Report on vaccination in Madras 1904-1921 - 1904-1921
Year: 1904
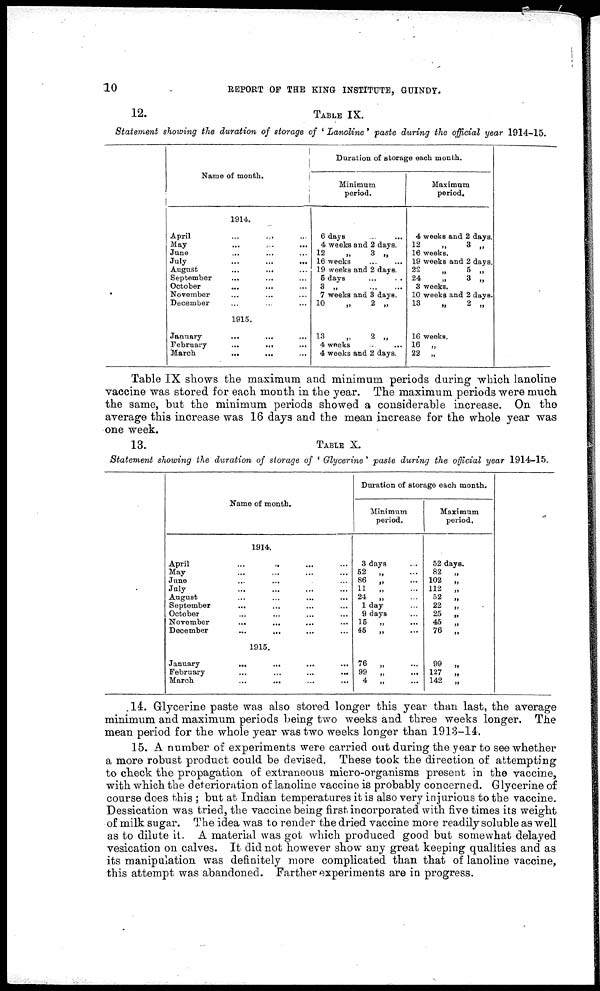
10
REPORT OF THE KING INSTITUTE, GUINDY.
12.
TABLE IX.
Statement showing the duration of storage of ' Lanoline ' paste during the official year 1914-15.
Name of month.
1914.
April ... ... ...
May
...
...
...
June ... ... ...
July ... ... ...
August
...
...
...
September ... ... ...
October ... ... ...
November ... ... ...
December ... ... ...
1915.
January
...
...
...
February
...
...
...
March
...
...
...
Duration of storage each month.
Minimum
period.
6 days
...
...
4 weeks and 2 days.
12
„
3 „
16 weeks
...
...
19 weeks and 2 days.
5 days ... ...
3 „
...
...
7 weeks and 8 days.
10
„
2 „
13
„
2 „
4 weeks
...
...
4 weeks and 2 days.
Maximum
period.
4 weeks and 2 days.
12
„
3 „
16 weeks.
19 weeks and 2 days.
22
„
5 „
24
„
3 „
3 weeks.
10 weeks and 2 days.
13
„
2 „
16 weeks.
16 „
22 „
Table IX shows the maximum and minimum periods during which lanoline
vaccine was stored for each month in the year. The maximum periods were much
the same, but the minimum periods showed a considerable increase. On the
average this increase was 16 days and the mean increase for the whole year was
one week.
13.
TABLE X.
Statement showing the duration of storage of ' Glycerine' paste during the official year 1914-15.
Name of month.
1914.
April
...
...
...
...
May ... ... ... ...
June ... ... ... ...
July ... ... ... ...
August ... ... ... ...
September ... ... ... ...
October ... ... ... ...
November ... ... ... ...
December ... ... ... ...
1915.
January
...
...
...
...
February
...
...
...
...
March
...
...
...
...
Duration of storage each month.
Minimum
period.
3 days ...
52
...
86
„ ...
11
„ ...
24
„ ...
1 day ...
9 days ...
15
„ ...
45
„ ...
76
„ ...
99
„ ...
4
„ ...
Maximum
period.
52 days.
82
„
102
„
112
„
52
„
22
„.
25
„
45
„
76
„
99
„
127
„
142
„
14. Glycerine paste was also stored longer this year than last, the average
minimum and maximum periods being two weeks and three weeks longer. The
mean period for the whole year was two weeks longer than 1913-14.
15. A number of experiments were carried out during the year to see whether
a more robust product could be devised. These took the direction of attempting
to check the propagation of extraneous micro-organisms present in the vaccine,
with which the deterioration of lanoline vaccine is probably concerned. Glycerine of
course does this ; but at Indian temperatures it is also very injurious to the vaccine.
Dessication was tried, the vaccine being first incorporated with five times its weight
of milk sugar. The idea was to render the dried vaccine more readily soluble as well
as to dilute it. A material was got which produced good but somewhat delayed
vesication on calves. It did not however show any great keeping qualities and as
its manipulation was definitely more complicated than that of lanoline vaccine,
this attempt was abandoned. Farther experiments are in progress.